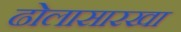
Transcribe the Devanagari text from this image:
ढोलासारखा